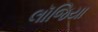
લૉજિયા